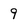
Character: 9